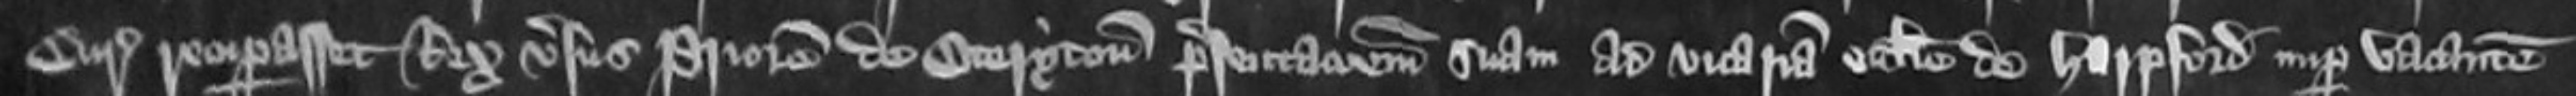
Curie recuperasset Rex versus Priorem de Oteryton presentationem suam ad vicariam ecclesie de Harpford nuper vacantem